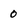
Character: 0